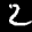
Label: 2